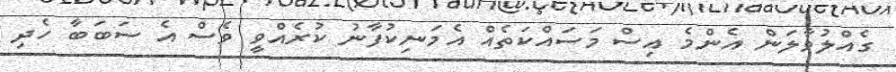
ގެއްލުވާލަން އެންމެ އިސް މަސައްކަތެއް އެމަނިކުފާނު ކުރެއްވީ ވެސް އެ ސަބަބާ ހެދި